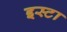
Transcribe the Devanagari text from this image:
इस्टा